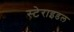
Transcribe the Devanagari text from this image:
स्टेराइडल